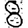
Digit: 8